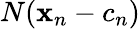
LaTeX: N(\mathbf{x}_{n}-c_{n})